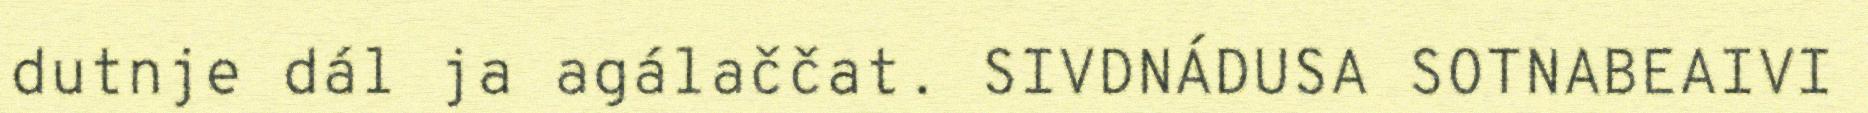
dutnje dál ja agálaččat. SIVDNÁDUSA SOTNABEAIVI